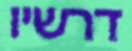
דרשיו